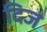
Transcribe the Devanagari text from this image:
दिज